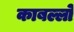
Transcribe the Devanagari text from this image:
काबल्लो